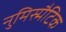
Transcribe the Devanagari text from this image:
नुमिस्मैटिक